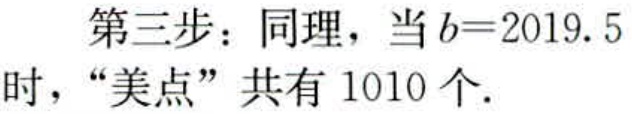
第三步：同理，当\(b = 2019.5\)时，“美点”共有\(1010\)个.